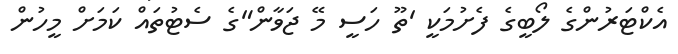
އެކްޓަރުންގެ ލޯބީގެ ފެށުމަކީ 'ތޫ ހަސީ މޭ ޖަވާން"ގެ ސެޓުތައް ކަމަށް މީހުން